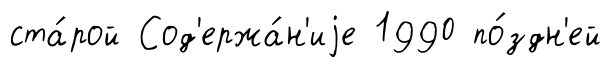
ста́рой Сод'ержа́н'иjе 1990 по́здн'ей